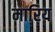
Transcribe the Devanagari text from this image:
मारिय